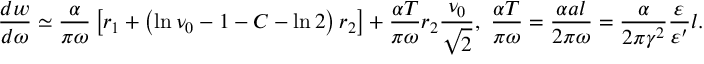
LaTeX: \displaystyle { \frac { d w } { d \omega } \simeq \frac { \alpha } { \pi \omega } \left[ r _ { 1 } + \left( \ln \nu _ { 0 } - 1 - C - \ln 2 \right) r _ { 2 } \right] + \frac { \alpha T } { \pi \omega } r _ { 2 } \frac { \nu _ { 0 } } { \sqrt { 2 } } , ~ \frac { \alpha T } { \pi \omega } = \frac { \alpha a l } { 2 \pi \omega } = \frac { \alpha } { 2 \pi \gamma ^ { 2 } } \frac { \varepsilon } { \varepsilon ^ { \prime } } l } .